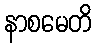
နာစမေတိ